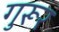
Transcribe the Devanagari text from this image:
गुरूर